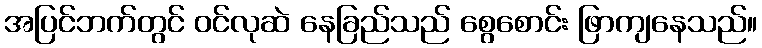
အပြင်ဘက်တွင် ဝင်လုဆဲ နေခြည်သည် စွေစောင်း ဖြာကျနေသည်။